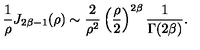
{ \frac { 1 } { \rho } } J _ { 2 \beta - 1 } ( \rho ) \sim { \frac { 2 } { \rho ^ { 2 } } } \left( { \frac { \rho } { 2 } } \right) ^ { 2 \beta } { \frac { 1 } { \Gamma ( 2 \beta ) } } .